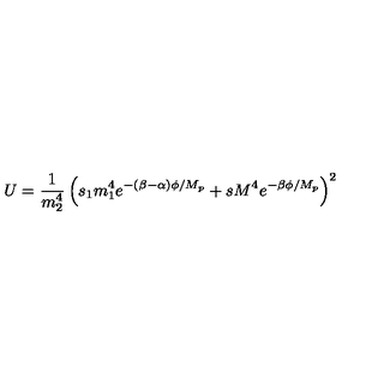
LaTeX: U = \frac { 1 } { m _ { 2 } ^ { 4 } } \left( s _ { 1 } m _ { 1 } ^ { 4 } e ^ { - ( \beta - \alpha ) \phi / M _ { p } } + s M ^ { 4 } e ^ { - \beta \phi / M _ { p } } \right) ^ { 2 }